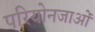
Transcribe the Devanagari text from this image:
परियोनजाओं